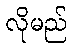
လိုမည်